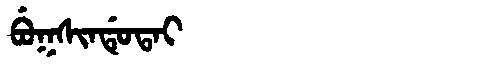
Manchu: ᠪᡠᡴᠰᡳᠨᡩᡠᡨᠠᡳ
Romanization: BUKSINDUTAI